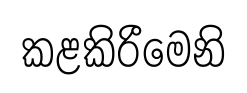
කළකිරීමෙනි